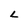
Character: L